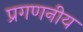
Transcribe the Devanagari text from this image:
प्रगणनीय